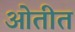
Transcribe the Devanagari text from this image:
ओतीत